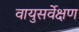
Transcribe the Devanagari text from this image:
वायुसर्वेक्षण